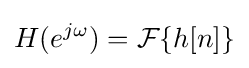
H(e^{j\omega })={\mathcal {F}}\{h[n]\}